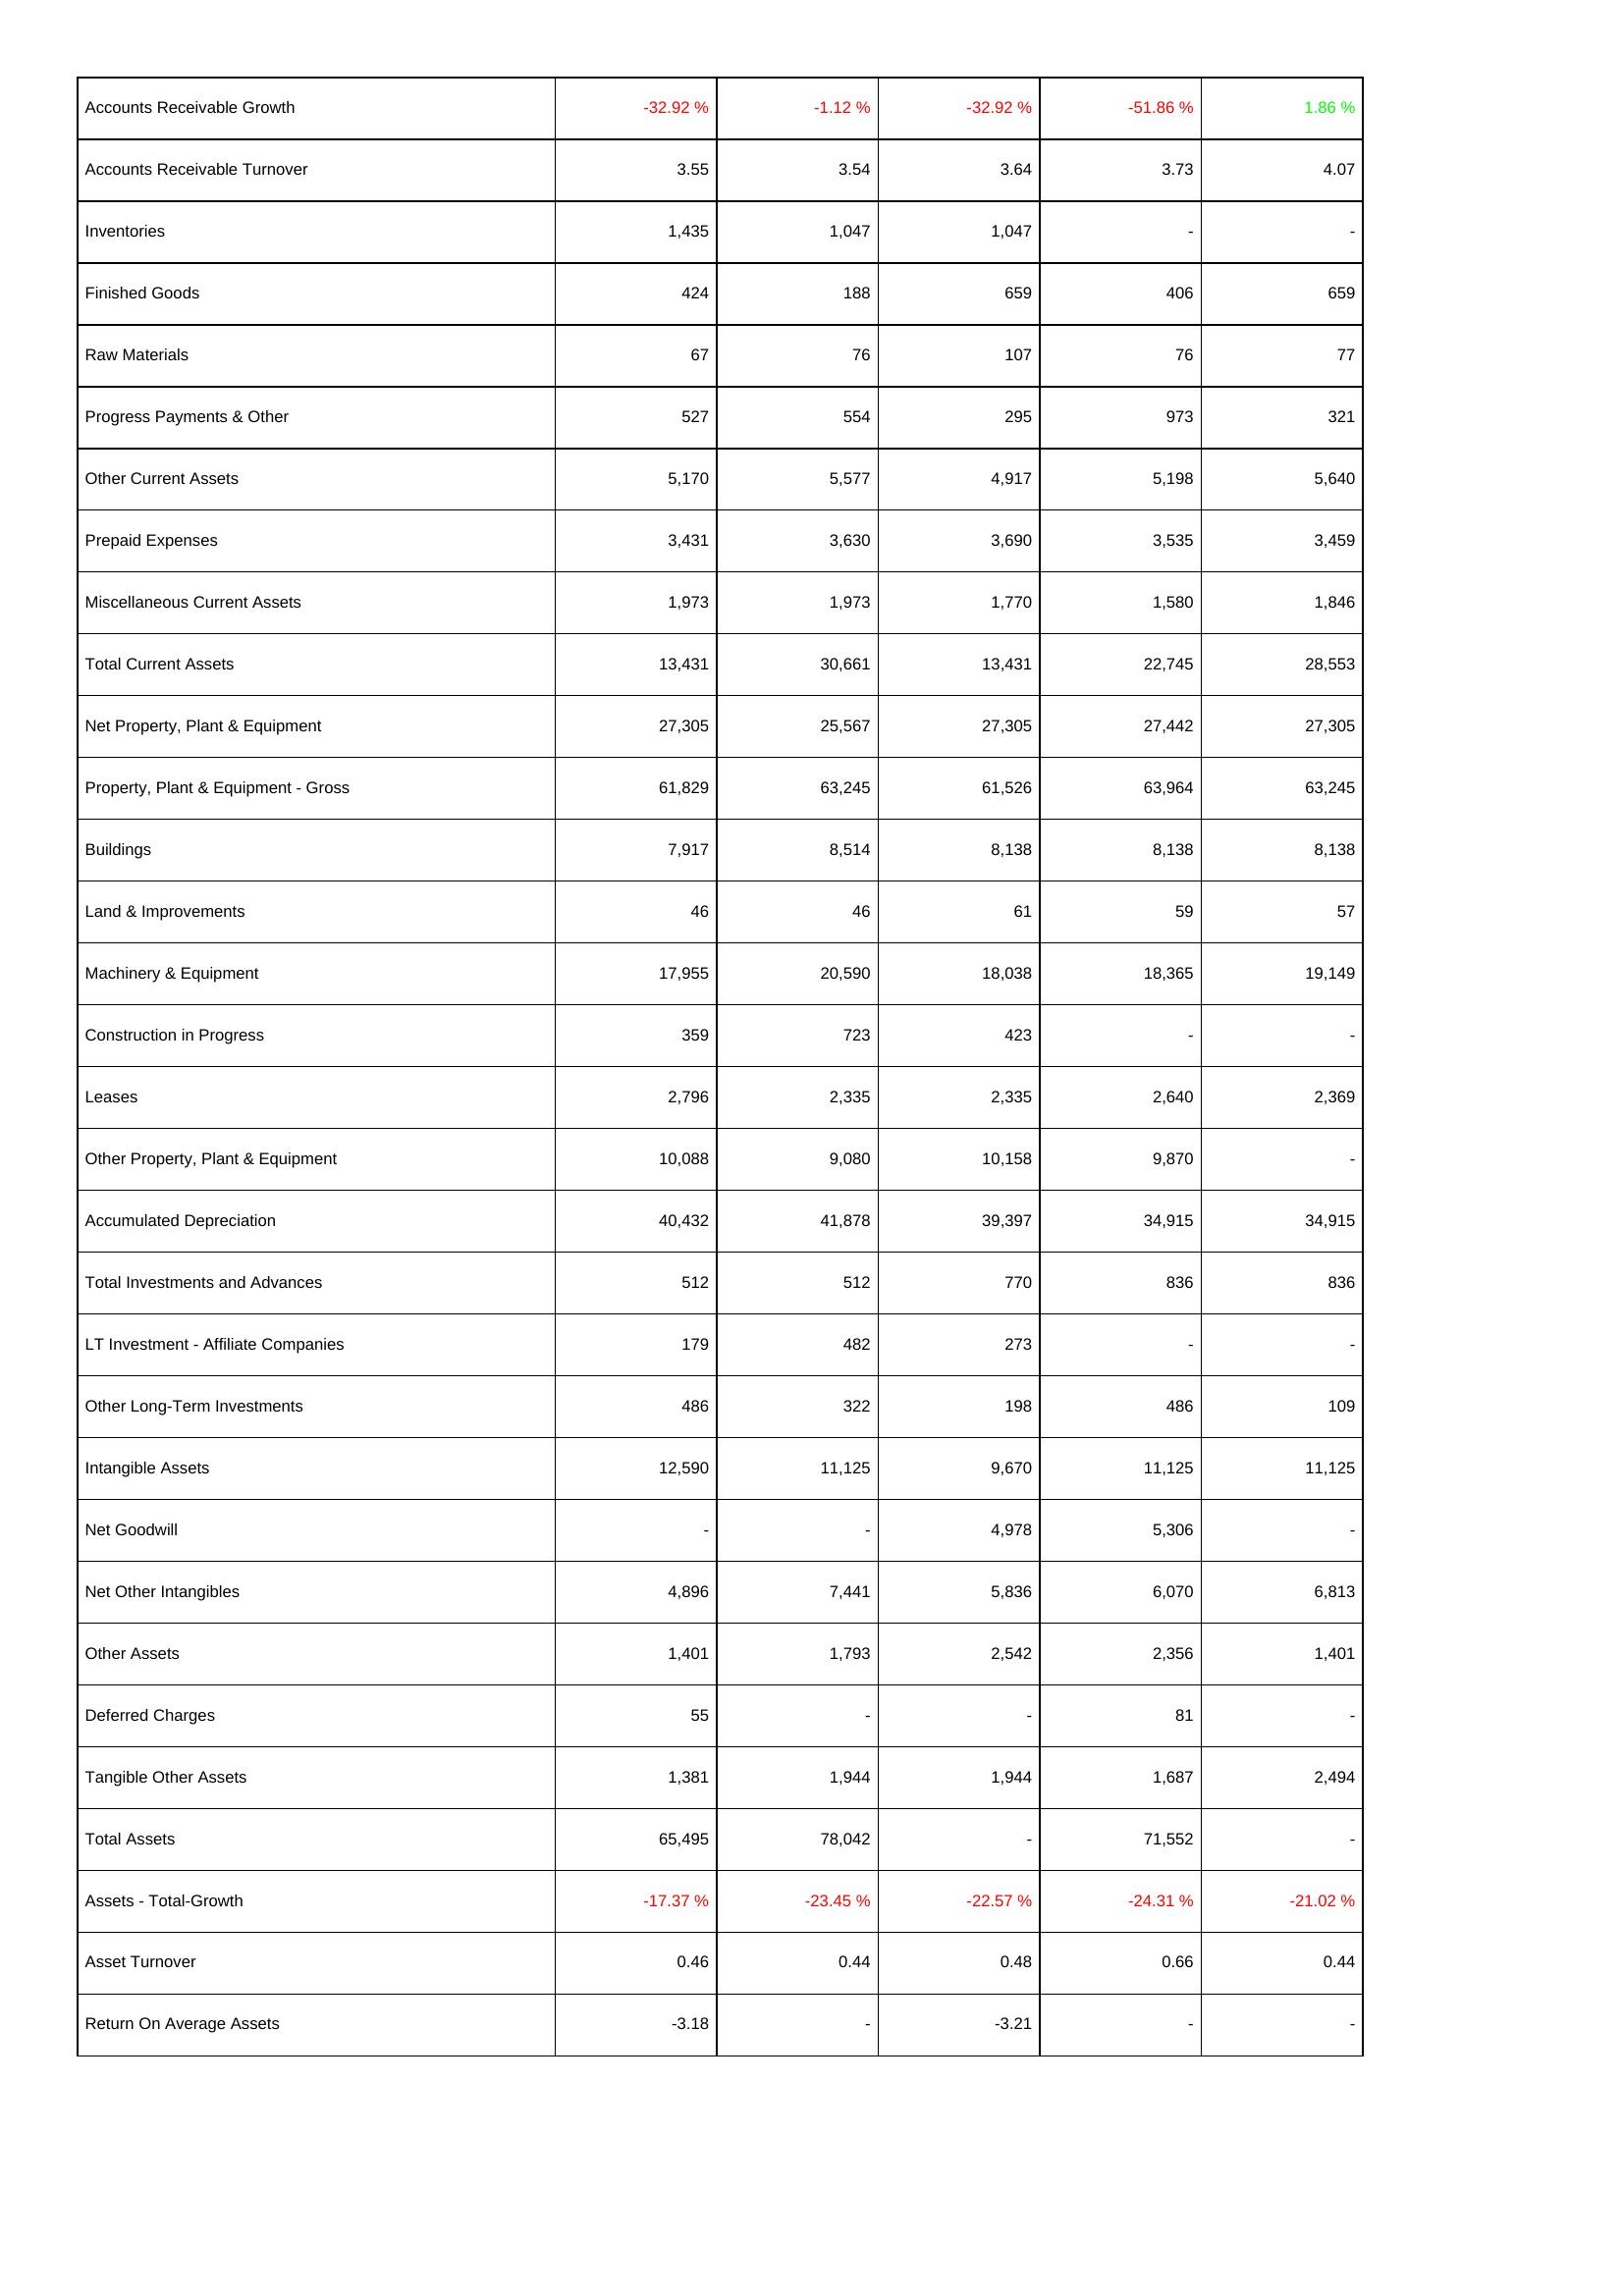
2025: Assets: Accounts Receivable Growth: -32.92 %
Accounts Receivable Turnover: 3.55
Inventories: 1,435
Finished Goods: 424
Raw Materials: 67
Progress Payments & Other: 527
Other Current Assets: 5,170
Prepaid Expenses: 3,431
Miscellaneous Current Assets: 1,973
Total Current Assets: 13,431
Net Property, Plant & Equipment: 27,305
Property, Plant & Equipment - Gross: 61,829
Buildings: 7,917
Land & Improvements: 46
Machinery & Equipment: 17,955
Construction in Progress: 359
Leases: 2,796
Other Property, Plant & Equipment: 10,088
Accumulated Depreciation: 40,432
Total Investments and Advances: 512
LT Investment - Affiliate Companies: 179
Other Long-Term Investments: 486
Intangible Assets: 12,590
Net Goodwill: -
Net Other Intangibles: 4,896
Other Assets: 1,401
Deferred Charges: 55
Tangible Other Assets: 1,381
Total Assets: 65,495
Assets - Total-Growth: -17.37 %
Asset Turnover: 0.46
Return On Average Assets: -3.18
2024: Assets: Accounts Receivable Growth: -1.12 %
Accounts Receivable Turnover: 3.54
Inventories: 1,047
Finished Goods: 188
Raw Materials: 76
Progress Payments & Other: 554
Other Current Assets: 5,577
Prepaid Expenses: 3,630
Miscellaneous Current Assets: 1,973
Total Current Assets: 30,661
Net Property, Plant & Equipment: 25,567
Property, Plant & Equipment - Gross: 63,245
Buildings: 8,514
Land & Improvements: 46
Machinery & Equipment: 20,590
Construction in Progress: 723
Leases: 2,335
Other Property, Plant & Equipment: 9,080
Accumulated Depreciation: 41,878
Total Investments and Advances: 512
LT Investment - Affiliate Companies: 482
Other Long-Term Investments: 322
Intangible Assets: 11,125
Net Goodwill: -
Net Other Intangibles: 7,441
Other Assets: 1,793
Deferred Charges: -
Tangible Other Assets: 1,944
Total Assets: 78,042
Assets - Total-Growth: -23.45 %
Asset Turnover: 0.44
Return On Average Assets: -
2023: Assets: Accounts Receivable Growth: -32.92 %
Accounts Receivable Turnover: 3.64
Inventories: 1,047
Finished Goods: 659
Raw Materials: 107
Progress Payments & Other: 295
Other Current Assets: 4,917
Prepaid Expenses: 3,690
Miscellaneous Current Assets: 1,770
Total Current Assets: 13,431
Net Property, Plant & Equipment: 27,305
Property, Plant & Equipment - Gross: 61,526
Buildings: 8,138
Land & Improvements: 61
Machinery & Equipment: 18,038
Construction in Progress: 423
Leases: 2,335
Other Property, Plant & Equipment: 10,158
Accumulated Depreciation: 39,397
Total Investments and Advances: 770
LT Investment - Affiliate Companies: 273
Other Long-Term Investments: 198
Intangible Assets: 9,670
Net Goodwill: 4,978
Net Other Intangibles: 5,836
Other Assets: 2,542
Deferred Charges: -
Tangible Other Assets: 1,944
Total Assets: -
Assets - Total-Growth: -22.57 %
Asset Turnover: 0.48
Return On Average Assets: -3.21
2022: Assets: Accounts Receivable Growth: -51.86 %
Accounts Receivable Turnover: 3.73
Inventories: -
Finished Goods: 406
Raw Materials: 76
Progress Payments & Other: 973
Other Current Assets: 5,198
Prepaid Expenses: 3,535
Miscellaneous Current Assets: 1,580
Total Current Assets: 22,745
Net Property, Plant & Equipment: 27,442
Property, Plant & Equipment - Gross: 63,964
Buildings: 8,138
Land & Improvements: 59
Machinery & Equipment: 18,365
Construction in Progress: -
Leases: 2,640
Other Property, Plant & Equipment: 9,870
Accumulated Depreciation: 34,915
Total Investments and Advances: 836
LT Investment - Affiliate Companies: -
Other Long-Term Investments: 486
Intangible Assets: 11,125
Net Goodwill: 5,306
Net Other Intangibles: 6,070
Other Assets: 2,356
Deferred Charges: 81
Tangible Other Assets: 1,687
Total Assets: 71,552
Assets - Total-Growth: -24.31 %
Asset Turnover: 0.66
Return On Average Assets: -
2021: Assets: Accounts Receivable Growth: 1.86 %
Accounts Receivable Turnover: 4.07
Inventories: -
Finished Goods: 659
Raw Materials: 77
Progress Payments & Other: 321
Other Current Assets: 5,640
Prepaid Expenses: 3,459
Miscellaneous Current Assets: 1,846
Total Current Assets: 28,553
Net Property, Plant & Equipment: 27,305
Property, Plant & Equipment - Gross: 63,245
Buildings: 8,138
Land & Improvements: 57
Machinery & Equipment: 19,149
Construction in Progress: -
Leases: 2,369
Other Property, Plant & Equipment: -
Accumulated Depreciation: 34,915
Total Investments and Advances: 836
LT Investment - Affiliate Companies: -
Other Long-Term Investments: 109
Intangible Assets: 11,125
Net Goodwill: -
Net Other Intangibles: 6,813
Other Assets: 1,401
Deferred Charges: -
Tangible Other Assets: 2,494
Total Assets: -
Assets - Total-Growth: -21.02 %
Asset Turnover: 0.44
Return On Average Assets: -